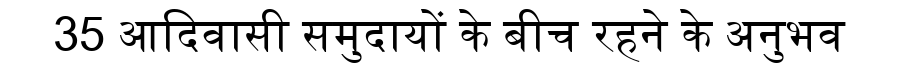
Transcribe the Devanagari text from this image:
35 आदिवासी समुदायों के बीच रहने के अनुभव